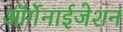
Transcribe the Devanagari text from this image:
ऑर्गेनाईजेशन